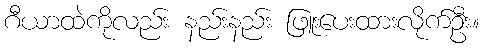
ဂီယာထဲကိုလည်း နည်းနည်း ဖြူးပေးထားလိုက်ဦး။